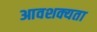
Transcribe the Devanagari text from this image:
आवशक्यता